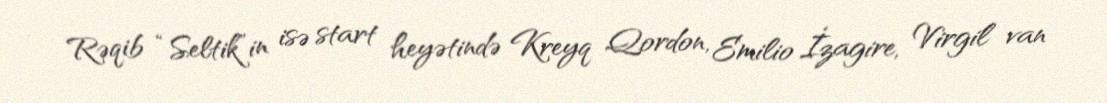
Rəqib “Seltik”in isə start heyətində Kreyq Qordon, Emilio İzagire, Virgil van